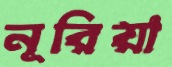
নূরিয়া